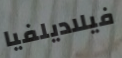
فيلاديلفيا